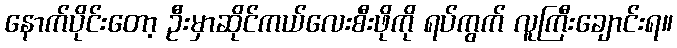
နောက်ပိုင်းတော့ ဦးမှာဆိုင်ကယ်လေးစီးဖိုကို ရပ်ကွက် လူကြီးချောင်းရ။